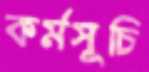
কর্মসূচি